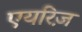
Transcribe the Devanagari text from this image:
एयरिज़